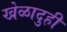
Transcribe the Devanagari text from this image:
खेळादुही